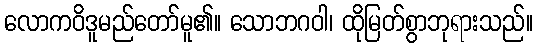
လောကဝိဒူမည်တော်မူ၏။ သောဘဂဝါ၊ ထိုမြတ်စွာဘုရားသည်။